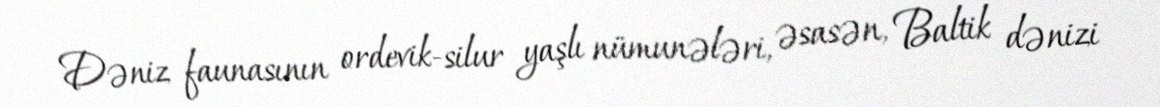
Dəniz faunasının ordevik-silur yaşlı nümunələri, əsasən, Baltik dənizi